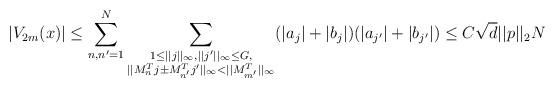
LaTeX: \begin{align*} |V_{2m}(x)|\leq\sum_{n,n'=1}^N\sum_{\substack {1\leq ||j||_{\infty},||j'||_{\infty}\leq G,\\ ||M^T_nj\pm M^T_{n'}j'||_{\infty}<||M^T_{m'}||_{\infty}}}(|a_j|+|b_j|)(|a_{j'}|+|b_{j'}|)\leq C\sqrt{d}||p||_2N\end{align*}